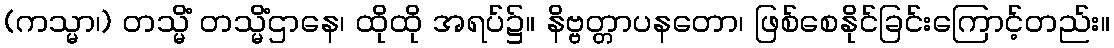
(ကသ္မာ၊) တသ္မိံ တသ္မိံဌာနေ၊ ထိုထို အရပ်၌။ နိဗ္ဗတ္တာပနတော၊ ဖြစ်စေနိုင်ခြင်းကြောင့်တည်း။